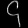
Digit: ၄